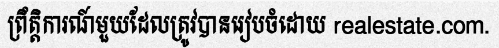
ព្រឹត្តិការណ៍មួយដែលត្រូវបានរៀបចំដោយ realestate.com.